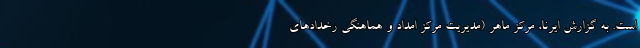
است. به گزارش ایرنا، مرکز ماهر (مدیریت مرکز امداد و هماهنگی رخدادهای